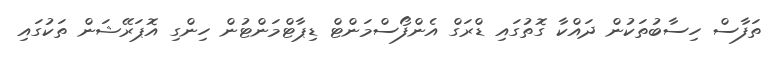
ތަފާސް ހިސާބުތަކުން ދައްކާ ގޮތުގައި ޑްރަގް އެންފޯސްމަންޓް ޑިޕާޓްމަންޓުން ހިންގި އޮޕަރޭޝަން ތަކުގައި